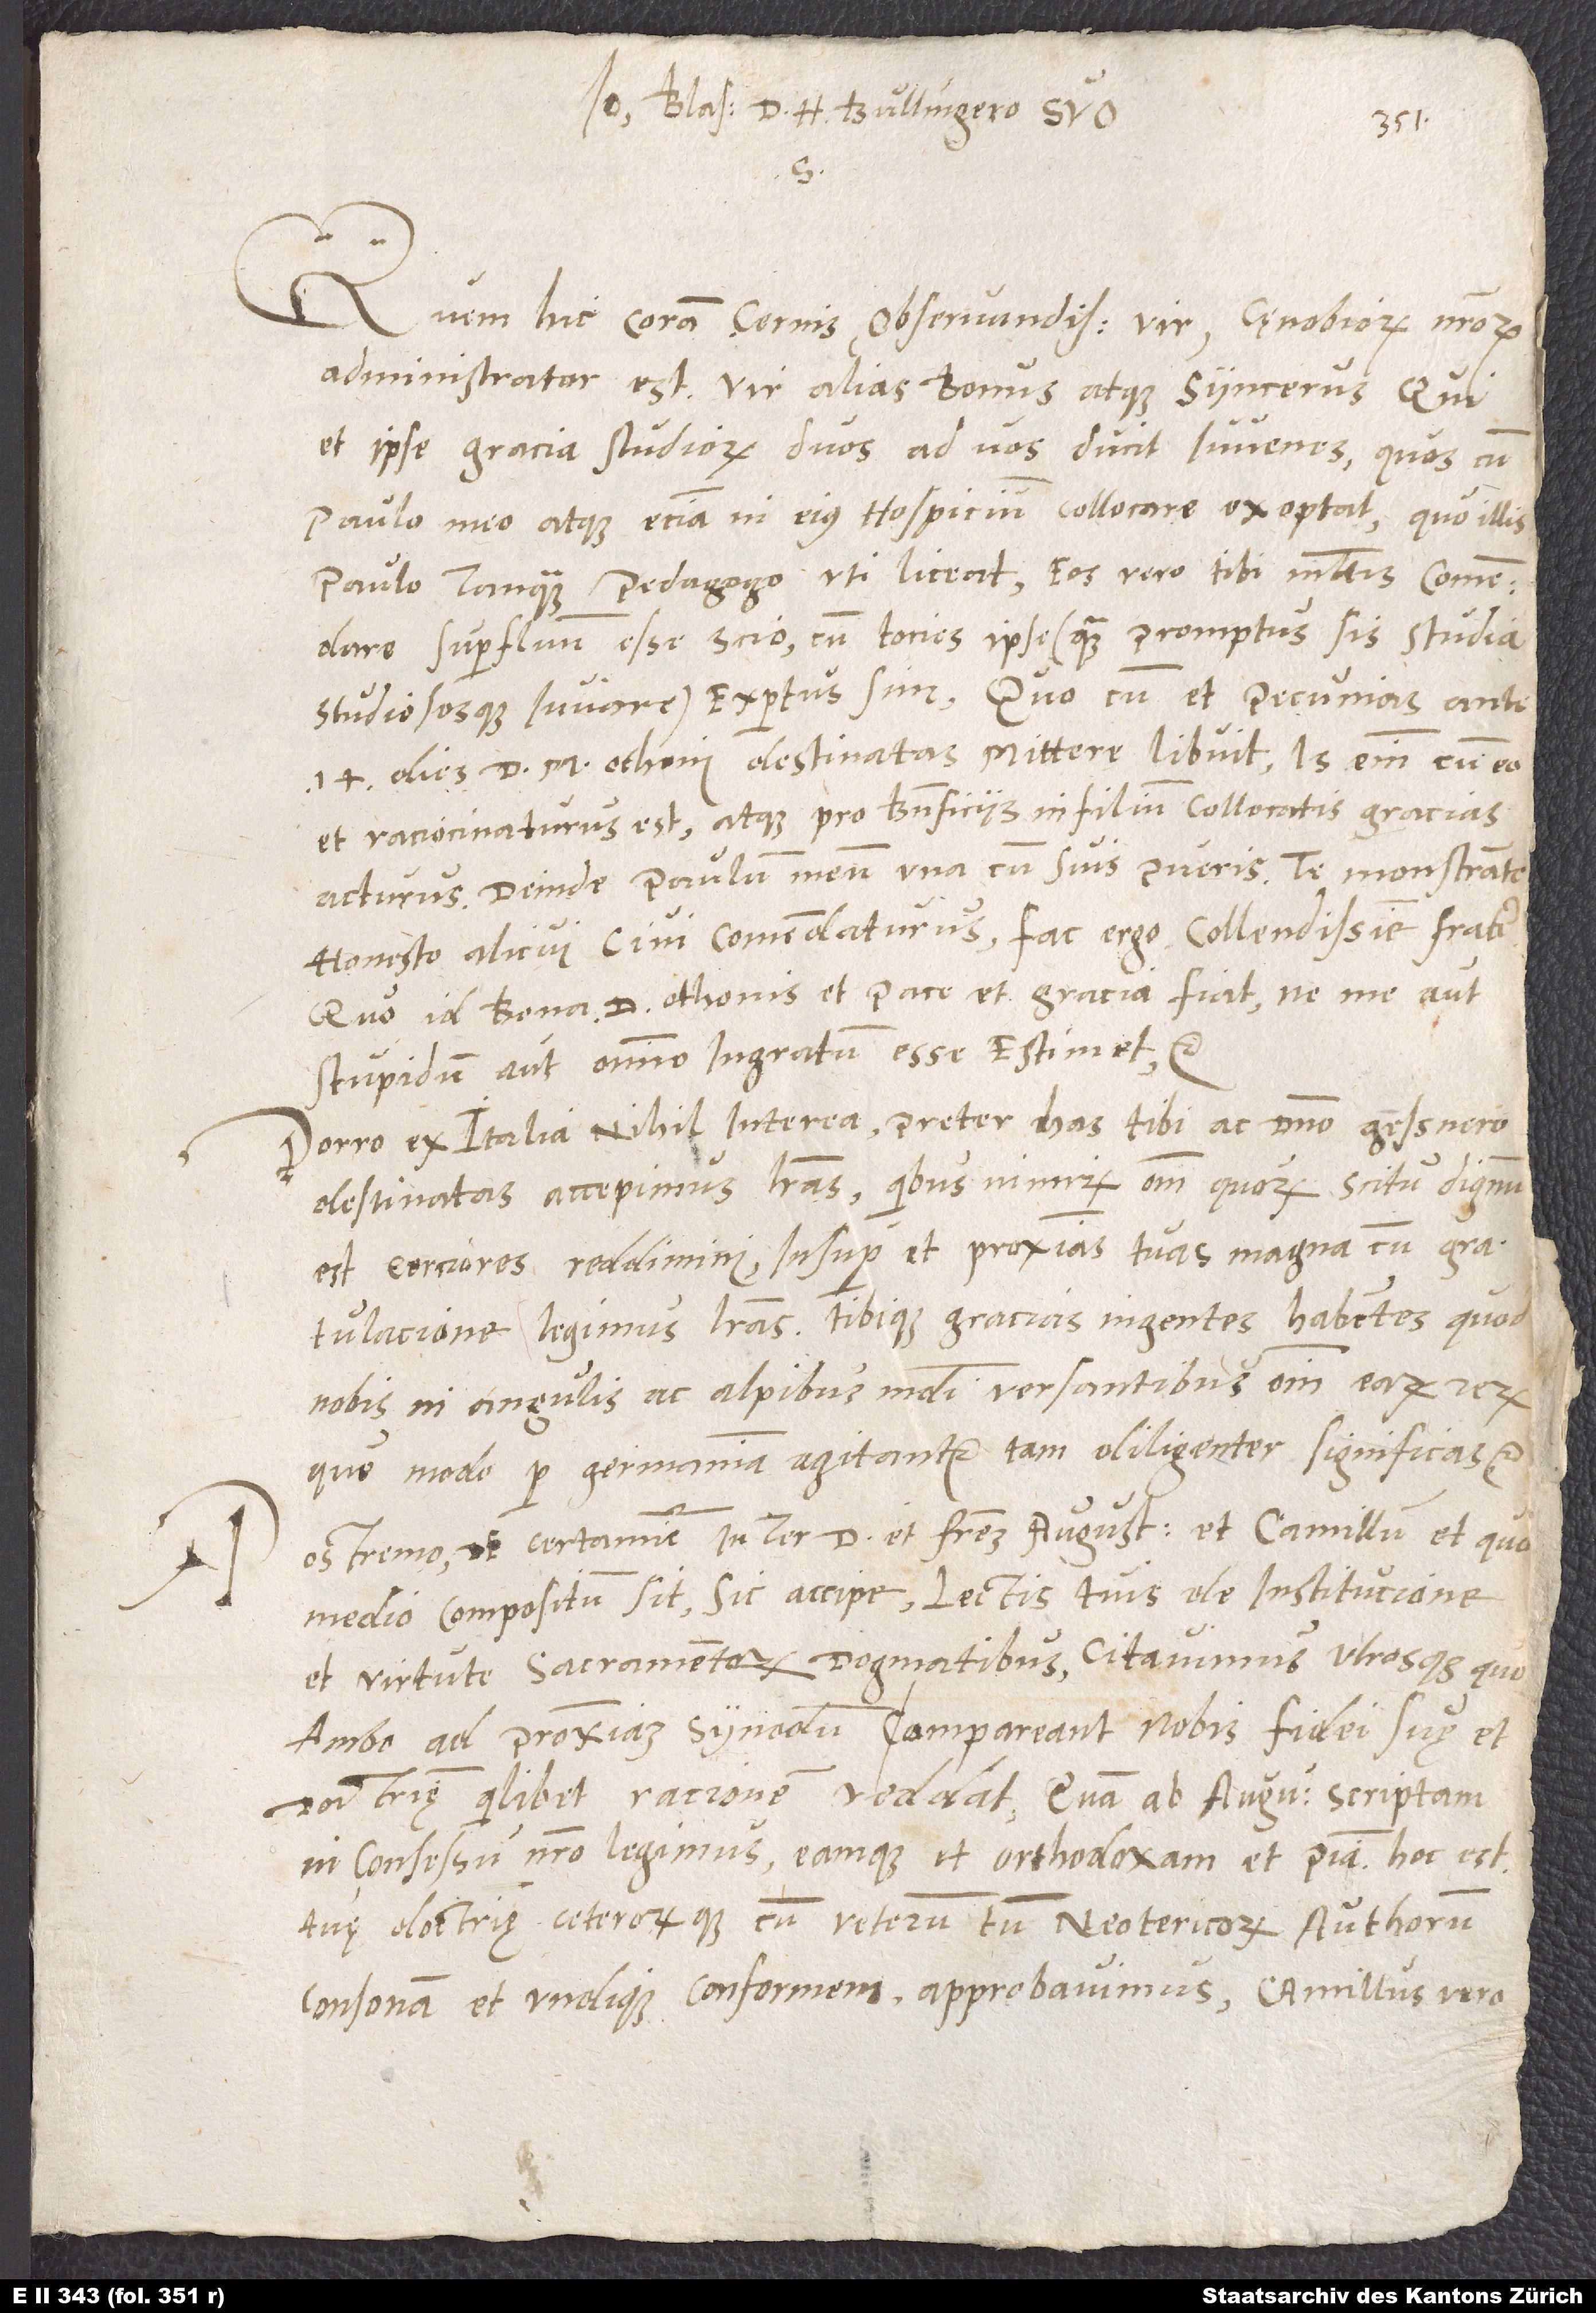
Blas. d. H. Bullingero suo
Quem hic coram cernis, observandissime vir, cęnobiorum nostrorum
administrator est, vir alias bonus atque syncerus, qui
et ipse gracia studiorum duos ad vos ducit iuvenes, quos cum
Paulo meo atque eciam in eius hospicium collocare exoptat, quo illis
Paulo tanquam pedagogo uti liceat. Eos vero tibi multis comendare
superfluum esse scio, cum tocies ipse (quam promptus sis studia
studiososque iuvare) expertus sum. Quo cum et pecunias ante
14 dies d. m. Othoni destinatas mittere libuit. Is enim cum eo
et raciocinaturus est atque pro beneficiis in filium collocatis gracias
acturus. Deinde Paulum meum una cum suis pueris te monstrante
honesto alicui civi comendaturus. Fac ergo, collendissime frater,
quo id bona d. Othonis et pace et gracia fiat, ne me aut
stupidum aut omnino ingratum esse estimet, etc.
Porro ex Italia nihil interea preter has tibi ac domino Gessnero
destinatas accepimus literas, quibus nimirum omnium, quorum scitu dignum
est, cerciores reddimini. Insuper et proximas tuas magna cum gratulacione
legimus literas tibique gracias ingentes habentes, quod
nobis in angulis ac Alpibus mundi versantibus omnium earum rerum,
que modo per Germaniam agitantur, tam diligenter significas, etc.
Postremo de certamine inter d et fratrem Augustinum et Camillum et quo
medio compositum sit, sic accipe: Lectis tuis de institucione
et virtute sacramentorum dogmatibus citavimus utrosque, quo
ambo ad proximam synodum compareant, nobis fidei suę et
doctrinę quilibet racionem reddat. Quam ab Augustino scriptam
in consessu nostro legimus eamque et orthodoxam et piam, hoc est
tuę doctrinę ceterorumque cum veterum tum neotericorum authorum
consonam et undique conformem, approbavimus. Camillus vero,